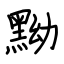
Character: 黝